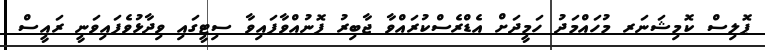
ޕޮލިސް ކޮމިޝަނަރ މުހައްމަދު ހަމީދަށް އެޑްރެސްކުރައްވާ ޖާބިރު ފޮނުއްވާފައިވާ ސިޓީގައި ވިދާޅުވެފައިވަނީ ރައީސް